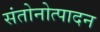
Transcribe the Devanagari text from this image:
संतोनोत्पादन